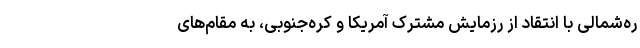
ره‌شمالی با انتقاد از رزمایش مشترک آمریکا و کره‌جنوبی، به مقام‌های